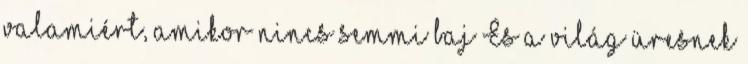
valamiért, amikor nincs semmi baj És a világ üresnek